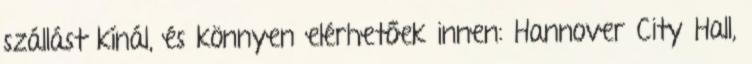
szállást kínál, és könnyen elérhetőek innen: Hannover City Hall,